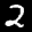
Label: 2